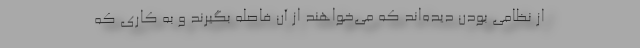
از نظامی بودن دیده‌اند که می‌خواهند از آن فاصله بگیرند و به کاری که